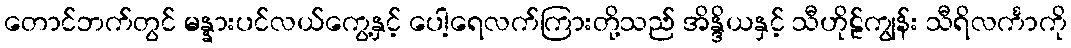
တောင်ဘက်တွင် မန္နားပင်လယ်ကွေ့နှင့် ပေါ့ရေလက်ကြားတို့သည် အိန္ဒိယနှင့် သီဟိုဠ်ကျွန်း သီရိလင်္ကာကို